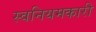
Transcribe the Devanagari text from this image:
स्वनियमकारी